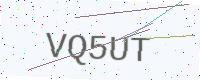
Text: VQ5UT